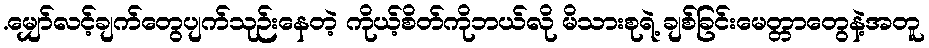
.မျှော်လင့်ချက်တွေပျက်သုဉ်းနေတဲ့ ကိုယ့်စိတ်ကိုဘယ်လို မိသားစုရဲ့ ချစ်ခြင်းမေတ္တာတွေနဲ့အတူ